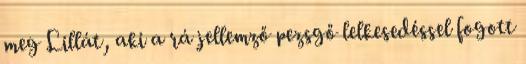
meg Lillát, aki a rá jellemző pezsgő lelkesedéssel fogott